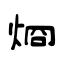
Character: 烱